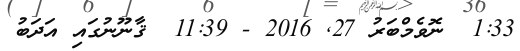
1:33  ނޮވެމްބަރު 27